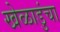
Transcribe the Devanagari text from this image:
खेळाडुंचा